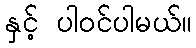
နှင့် ပါဝင်ပါမယ်။